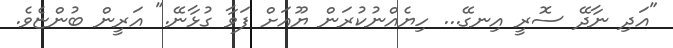
"އަދި ނާދޭ ސޮރީ އިނގޭ... ހިޔެއްނުކުރަން ޔޫއަށް ފަވާ ގުޅާނޭ." އަރީން ބުންޏެވެ.